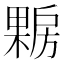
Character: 𰘪